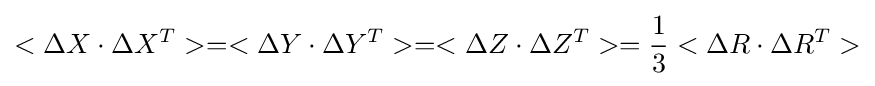
<\Delta X\cdot \Delta X^{T}>=<\Delta Y\cdot \Delta Y^{T}>=<\Delta Z\cdot \Delta Z^{T}>={\frac {1}{3}}<\Delta R\cdot \Delta R^{T}>